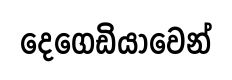
දෙගෙඩියාවෙන්